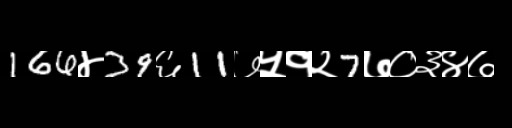
Text: 166४39६11७५१२7७०३४७